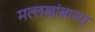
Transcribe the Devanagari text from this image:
मल्लखांबाच्या